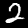
Digit: 2